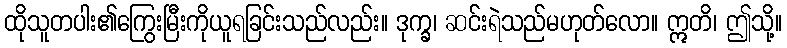
ထိုသူတပါး၏ကြွေးမြီးကိုယူရခြင်းသည်လည်း။ ဒုက္ခ၊ ဆင်းရဲသည်မဟုတ်လော။ ဣတိ၊ ဤသို့။